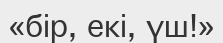
«бір, екі, үш!»